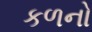
કળનો